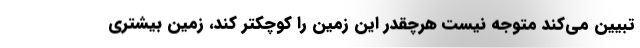
تبیین می‌کند متوجه نیست هرچقدر این زمین را کوچکتر کند، زمین بیشتری